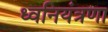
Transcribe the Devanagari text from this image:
ध्वनियंत्रणा